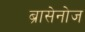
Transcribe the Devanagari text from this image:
ब्रासेनोज